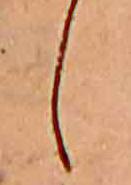
し